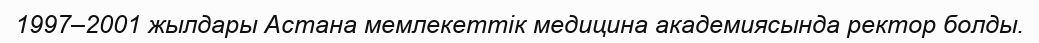
1997–2001 жылдары Астана мемлекеттік медицина академиясында ректор болды.